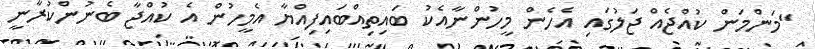
"މަންމަން ކުއްޖެއް ޖަލުގައި އެހެން މީހުންނާއެެކު ބައިތިއްބައިފިއްޔާ އެމީހުން އެ ކުއްޖާ ބެނުންކުރާނީ